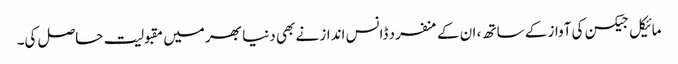
مائیکل جیکسن کی آواز کے ساتھ ، ان کے منفرد ڈانس انداز نے بھی دنیا بھر میں مقبولیت حاصل کی۔